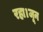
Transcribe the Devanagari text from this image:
रहा।जून